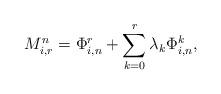
LaTeX: \begin{align*}M_{i,r}^{n}=\Phi_{i,n}^{r}+\sum_{k=0}^{r}\lambda_{k}\Phi_{i,n}^{k},\end{align*}